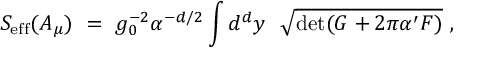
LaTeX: S _ { \mathrm { e f f } } ( A _ { \mu } ) \ = \ g _ { 0 } ^ { - 2 } \alpha ^ { - d / 2 } \int d ^ { d } y \ \ { \sqrt { \operatorname * { d e t } ( G + 2 \pi \alpha ^ { \prime } F ) } } \ ,